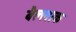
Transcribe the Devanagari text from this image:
बैल्लाक